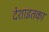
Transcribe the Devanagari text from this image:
देशाइतका